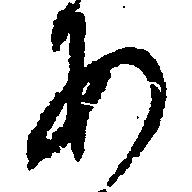
あ